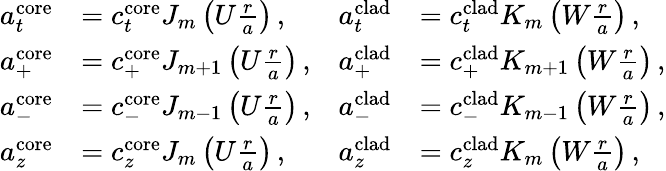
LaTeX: \begin{array}{rlrl}{a_{t}^{\mathrm{core}}}&{=c_{t}^{\mathrm{core}}J_{m}\left(U\frac{r}{a}\right)\, ,}&{a_{t}^{\mathrm{clad}}}&{=c_{t}^{\mathrm{clad}}K_{m}\left(W\frac{r}{a}\right)\, ,}\\ {a_{+}^{\mathrm{core}}}&{=c_{+}^{\mathrm{core}}J_{m+1}\left(U\frac{r}{a}\right)\, ,}&{a_{+}^{\mathrm{clad}}}&{=c_{+}^{\mathrm{clad}}K_{m+1}\left(W\frac{r}{a}\right)\, ,}\\ {a_{-}^{\mathrm{core}}}&{=c_{-}^{\mathrm{core}}J_{m-1}\left(U\frac{r}{a}\right)\, ,}&{a_{-}^{\mathrm{clad}}}&{=c_{-}^{\mathrm{clad}}K_{m-1}\left(W\frac{r}{a}\right)\, ,}\\ {a_{z}^{\mathrm{core}}}&{=c_{z}^{\mathrm{core}}J_{m}\left(U\frac{r}{a}\right)\, ,}&{a_{z}^{\mathrm{clad}}}&{=c_{z}^{\mathrm{clad}}K_{m}\left(W\frac{r}{a}\right)\, ,}\end{array}